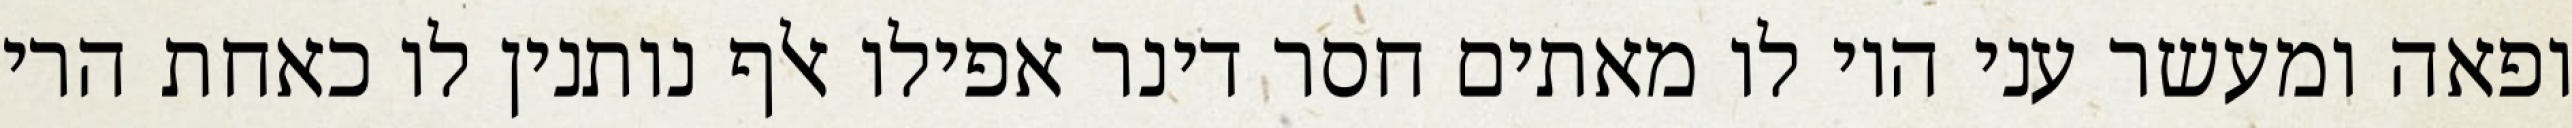
ופאה ומעשר עני היו לו מאתים חסר דינר אפילו אלף נותנין לו כאחת הרי